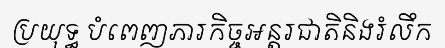
ប្រយុទ្ធ បំពេញភារកិច្ចអន្តរជាតិនិងរំលឹក